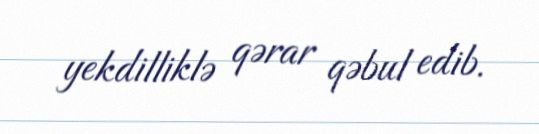
yekdilliklə qərar qəbul edib.